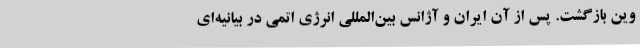
وین بازگشت. پس از آن ایران و آژانس بین‌المللی انرژی اتمی در بیانیه‌ای